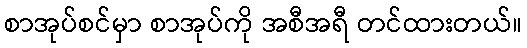
စာအုပ်စင်မှာ စာအုပ်ကို အစီအရီ တင်ထားတယ်။